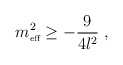
\begin{align*}m_{\textrm{{\tiny {eff}}}}^{2}\geq -\frac{9}{4l^{2}}\;,\end{align*}